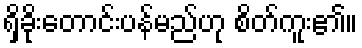
ရှိခိုးတောင်းပန်မည်ဟု စိတ်ကူး၏။